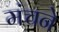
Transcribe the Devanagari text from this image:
मंचने